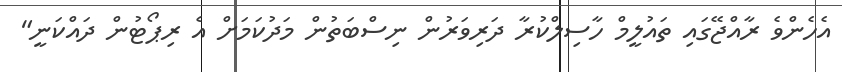
އެހެންވެ ރާއްޖޭގައި ތައުލީމް ހާސިލްކުރާ ދަރިވަރުން ނިސްބަތުން މަދުކަމަށް އެ ރިޕޯޓުން ދައްކަނީ"